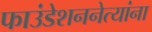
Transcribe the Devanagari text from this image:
फाउंडेशननेत्यांना